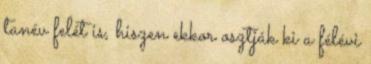
tanév felét is, hiszen ekkor osztják ki a félévi